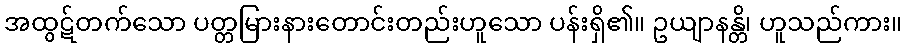
အထွဋ်တက်သော ပတ္တမြားနားတောင်းတည်းဟူသော ပန်းရှိ၏။ ဥယျာနန္တိ၊ ဟူသည်ကား။